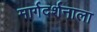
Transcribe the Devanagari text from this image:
मार्गदर्शनाला